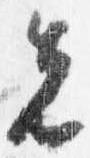
先